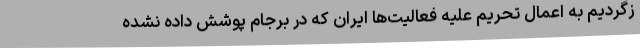
زگردیم به اعمال تحریم علیه فعالیت‌ها ایران که در برجام پوشش داده نشده